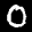
Label: 0